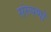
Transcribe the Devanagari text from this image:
संरूपणों